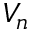
V _ { n }